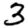
Digit: 3